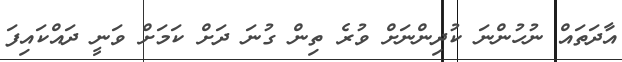
އާދަތައް ނުހުންނަ ކުދިންނަށް ވުރެ ތިން ގުނަ ދަށް ކަމަށް ވަނީ ދައްކައިފަ